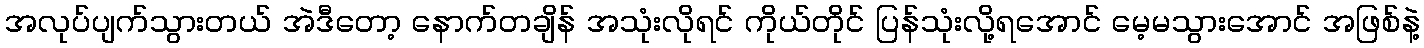
အလုပ်ပျက်သွားတယ် အဲဒီတော့ နောက်တချိန် အသုံးလိုရင် ကိုယ်တိုင် ပြန်သုံးလို့ရအောင် မေ့မသွားအောင် အဖြစ်နဲ့